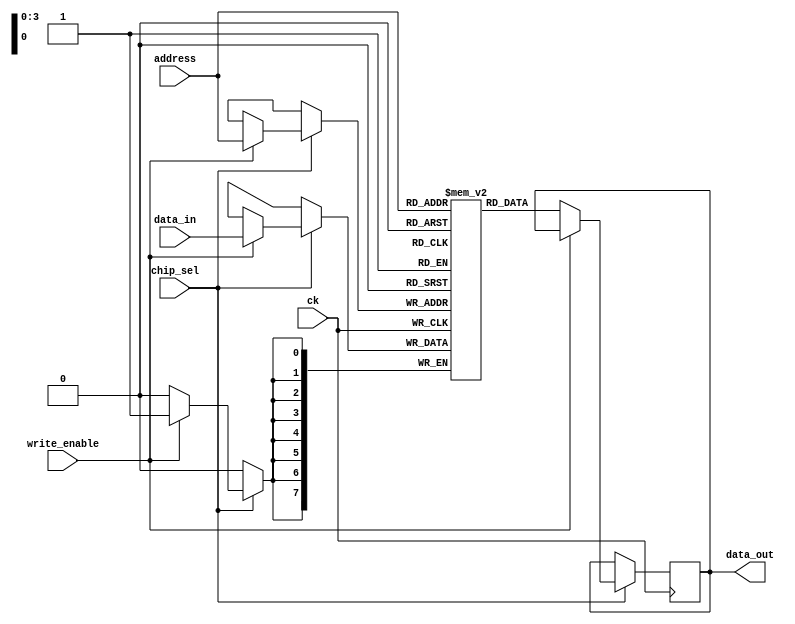
`timescale 1ns/1ps

module RAM(
    input ck,
    input chip_sel,
    input write_enable,
    input [7:0] data_in,
    input [3:0] address,
    output reg [7:0] data_out
    );

    reg [7:0] memory [0:15];

    always @(posedge ck) begin
        if (chip_sel) begin
            if (write_enable) memory[address] <= data_in;
            else data_out <= memory[address];
        end
    end

endmodule